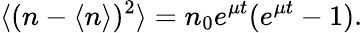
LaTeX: \langle(n-\langle n\rangle)^{2}\rangle=n_{0}e^{\mu t}(e^{\mu t}-1).